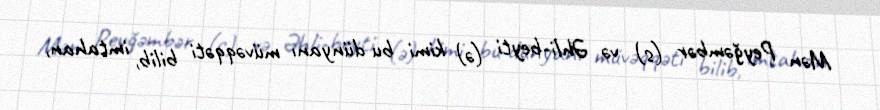
Mən Peyğəmbər (s) və Əhli-beyti (ə) kimi bu dünyanı müvəqqəti bilib, imtahan,